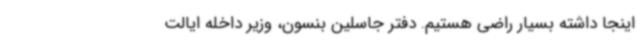
اینجا داشته بسیار راضی هستیم. دفتر جاسلین بنسون، وزیر داخله ایالت